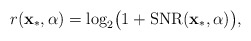
\begin{align*}r(\mathbf{x}_{*},\alpha)=\log_{2}\bigl(1+\mathrm{SNR}(\mathbf{x}_{*},\alpha)\bigr),\end{align*}